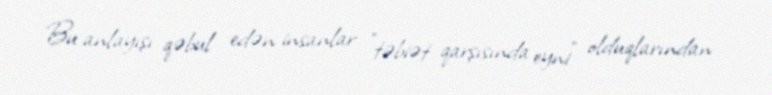
Bu anlayışı qəbul edən insanlar "təbiət qarşısında eyni" olduqlarından